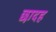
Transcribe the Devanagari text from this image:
छादह